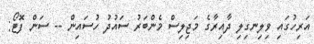
އަރިހުގައި ވިލިނގިލި ދާއިރާގެ މަޖިލިސް މެންބަރު ސައުދު ހުސައިން -- ސަން ފޮޓޯ: